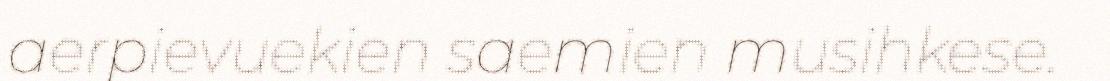
aerpievuekien saemien musihkese.